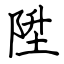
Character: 陞